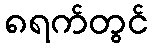
၈ရက်တွင်